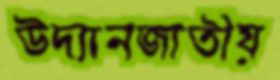
উদ্যানজাতীয়